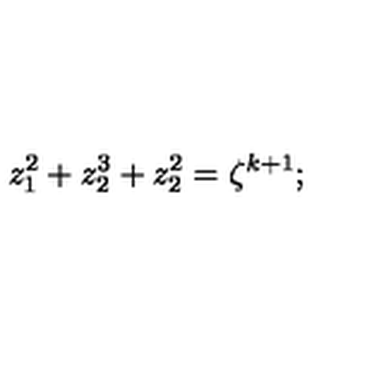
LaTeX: z _ { 1 } ^ { 2 } + z _ { 2 } ^ { 3 } + z _ { 2 } ^ { 2 } = \zeta ^ { k + 1 } ;